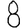
Digit: 8